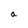
Character: a